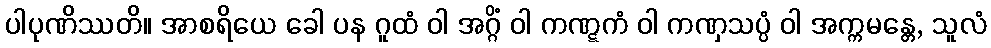
ပါပုဏိဿတိ။ အာစရိယေ ခေါ ပန ဂူထံ ဝါ အဂ္ဂိံ ဝါ ကဏ္ဋကံ ဝါ ကဏှသပ္ပံ ဝါ အက္ကမန္တေ, သူလံ